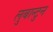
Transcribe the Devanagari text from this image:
लुबान्टुन